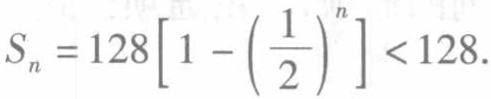
\[
S_{n}=128\left[1-\left(\frac{1}{2}\right)^{n}\right]<128.
\]